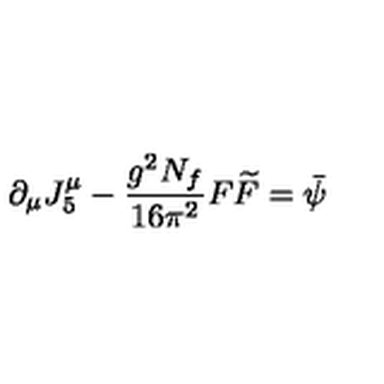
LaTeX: \partial _ { \mu } J _ { 5 } ^ { \mu } - { \frac { g ^ { 2 } N _ { f } } { 1 6 \pi ^ { 2 } } } F \widetilde { F } = \bar { \psi }